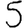
Digit: 5